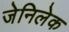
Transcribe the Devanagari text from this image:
जेनिलेक